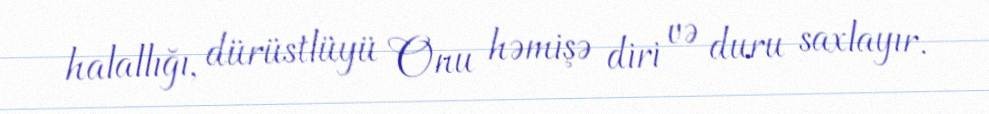
halallığı, dürüstlüyü Onu həmişə diri və duru saxlayır.